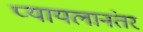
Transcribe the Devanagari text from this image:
प्यायलानंतर